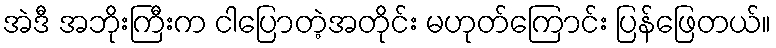
အဲဒီ အဘိုးကြီးက ငါပြောတဲ့အတိုင်း မဟုတ်ကြောင်း ပြန်ဖြေတယ်။